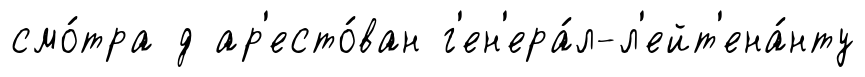
смо́тра д ар'есто́ван г'ен'ера́л-л'ейт'ена́нту